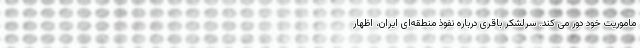
ماموریت خود دور می کند. سرلشکر باقری درباره نفوذ منطقه‌ای ایران، اظهار